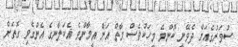
ސުވަރުގެއަށް ދެވޭނީ ކޮންމެ މީހަކުވެސް މާތް އަށް އީމާންވެ އެކަލާނގެ އެންގެވި ގޮތަށް